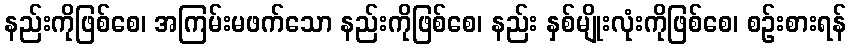
နည်းကိုဖြစ်စေ၊ အကြမ်းမဖက်သော နည်းကိုဖြစ်စေ၊ နည်း နှစ်မျိုးလုံးကိုဖြစ်စေ၊ စဉ်းစားရန်